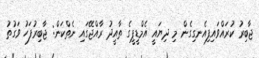
ޖާބިރު ކުރައްވައިފިއެނގިގެން މި ދިޔައީ އެމްޑީޕީގެ ތާއީދު ރާއްޖޭގައި ނެތްކަން: ޖާބިރުފަހު ވަގުތު